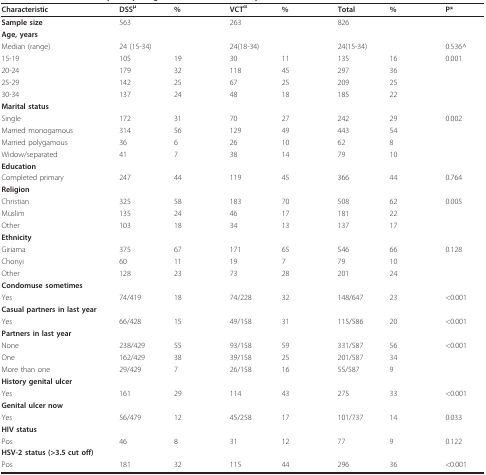
<table><thead><tr><td><b>Characteristic</b></td><td><b>DSS<sup>μ</sup></b></td><td><b>%</b></td><td></td><td><b>VCT<sup>α</sup></b></td><td><b>%</b></td><td></td><td><b>Total</b></td><td><b>%</b></td><td></td><td><b>P*</b></td></tr></thead><tbody><tr><td><b>Sample size</b></td><td>563</td><td></td><td></td><td>263</td><td></td><td></td><td>826</td><td></td><td></td><td></td></tr><tr><td><b>Age, years</b></td><td></td><td></td><td></td><td></td><td></td><td></td><td></td><td></td><td></td><td></td></tr><tr><td>Median (range)</td><td>24 (15-34)</td><td></td><td></td><td>24(18-34)</td><td></td><td></td><td>24(15-34)</td><td></td><td></td><td>0.536^</td></tr><tr><td>15-19</td><td>105</td><td>19</td><td></td><td>30</td><td>11</td><td></td><td>135</td><td>16</td><td></td><td>0.001</td></tr><tr><td>20-24</td><td>179</td><td>32</td><td></td><td>118</td><td>45</td><td></td><td>297</td><td>36</td><td></td><td></td></tr><tr><td>25-29</td><td>142</td><td>25</td><td></td><td>67</td><td>25</td><td></td><td>209</td><td>25</td><td></td><td></td></tr><tr><td>30-34</td><td>137</td><td>24</td><td></td><td>48</td><td>18</td><td></td><td>185</td><td>22</td><td></td><td></td></tr><tr><td><b>Marital status</b></td><td></td><td></td><td></td><td></td><td></td><td></td><td></td><td></td><td></td><td></td></tr><tr><td>Single</td><td>172</td><td>31</td><td></td><td>70</td><td>27</td><td></td><td>242</td><td>29</td><td></td><td>0.002</td></tr><tr><td>Married monogamous</td><td>314</td><td>56</td><td></td><td>129</td><td>49</td><td></td><td>443</td><td>54</td><td></td><td></td></tr><tr><td>Married polygamous</td><td>36</td><td>6</td><td></td><td>26</td><td>10</td><td></td><td>62</td><td>8</td><td></td><td></td></tr><tr><td>Widow/separated</td><td>41</td><td>7</td><td></td><td>38</td><td>14</td><td></td><td>79</td><td>10</td><td></td><td></td></tr><tr><td><b>Education</b></td><td></td><td></td><td></td><td></td><td></td><td></td><td></td><td></td><td></td><td></td></tr><tr><td>Completed primary</td><td>247</td><td>44</td><td></td><td>119</td><td>45</td><td></td><td>366</td><td>44</td><td></td><td>0.764</td></tr><tr><td><b>Religion</b></td><td></td><td></td><td></td><td></td><td></td><td></td><td></td><td></td><td></td><td></td></tr><tr><td>Christian</td><td>325</td><td>58</td><td></td><td>183</td><td>70</td><td></td><td>508</td><td>62</td><td></td><td>0.005</td></tr><tr><td>Muslim</td><td>135</td><td>24</td><td></td><td>46</td><td>17</td><td></td><td>181</td><td>22</td><td></td><td></td></tr><tr><td>Other</td><td>103</td><td>18</td><td></td><td>34</td><td>13</td><td></td><td>137</td><td>17</td><td></td><td></td></tr><tr><td><b>Ethnicity</b></td><td></td><td></td><td></td><td></td><td></td><td></td><td></td><td></td><td></td><td></td></tr><tr><td>Giriama</td><td>375</td><td>67</td><td></td><td>171</td><td>65</td><td></td><td>546</td><td>66</td><td></td><td>0.128</td></tr><tr><td>Chonyi</td><td>60</td><td>11</td><td></td><td>19</td><td>7</td><td></td><td>79</td><td>10</td><td></td><td></td></tr><tr><td>Other</td><td>128</td><td>23</td><td></td><td>73</td><td>28</td><td></td><td>201</td><td>24</td><td></td><td></td></tr><tr><td><b>Condomuse sometimes</b></td><td></td><td></td><td></td><td></td><td></td><td></td><td></td><td></td><td></td><td></td></tr><tr><td>Yes</td><td>74/419</td><td>18</td><td></td><td>74/228</td><td>32</td><td></td><td>148/647</td><td>23</td><td></td><td>&lt;0.001</td></tr><tr><td><b>Casual partners in last year</b></td><td></td><td></td><td></td><td></td><td></td><td></td><td></td><td></td><td></td><td></td></tr><tr><td>Yes</td><td>66/428</td><td>15</td><td></td><td>49/158</td><td>31</td><td></td><td>115/586</td><td>20</td><td></td><td>&lt;0.001</td></tr><tr><td><b>Partners in last year</b></td><td></td><td></td><td></td><td></td><td></td><td></td><td></td><td></td><td></td><td></td></tr><tr><td>None</td><td>238/429</td><td>55</td><td></td><td>93/158</td><td>59</td><td></td><td>331/587</td><td>56</td><td></td><td>&lt;0.001</td></tr><tr><td>One</td><td>162/429</td><td>38</td><td></td><td>39/158</td><td>25</td><td></td><td>201/587</td><td>34</td><td></td><td></td></tr><tr><td>More than one</td><td>29/429</td><td>7</td><td></td><td>26/158</td><td>16</td><td></td><td>55/587</td><td>9</td><td></td><td></td></tr><tr><td><b>History genital ulcer</b></td><td></td><td></td><td></td><td></td><td></td><td></td><td></td><td></td><td></td><td></td></tr><tr><td>Yes</td><td>161</td><td>29</td><td></td><td>114</td><td>43</td><td></td><td>275</td><td>33</td><td></td><td>&lt;0.001</td></tr><tr><td><b>Genital ulcer now</b></td><td></td><td></td><td></td><td></td><td></td><td></td><td></td><td></td><td></td><td></td></tr><tr><td>Yes</td><td>56/479</td><td>12</td><td></td><td>45/258</td><td>17</td><td></td><td>101/737</td><td>14</td><td></td><td>0.033</td></tr><tr><td><b>HIV status</b></td><td></td><td></td><td></td><td></td><td></td><td></td><td></td><td></td><td></td><td></td></tr><tr><td>Pos</td><td>46</td><td>8</td><td></td><td>31</td><td>12</td><td></td><td>77</td><td>9</td><td></td><td>0.122</td></tr><tr><td><b>HSV-2 status (&gt;3.5 cut off)</b></td><td></td><td></td><td></td><td></td><td></td><td></td><td></td><td></td><td></td><td></td></tr><tr><td>Pos</td><td>181</td><td>32</td><td></td><td>115</td><td>44</td><td></td><td>296</td><td>36</td><td></td><td>&lt;0.001</td></tr></tbody></table>